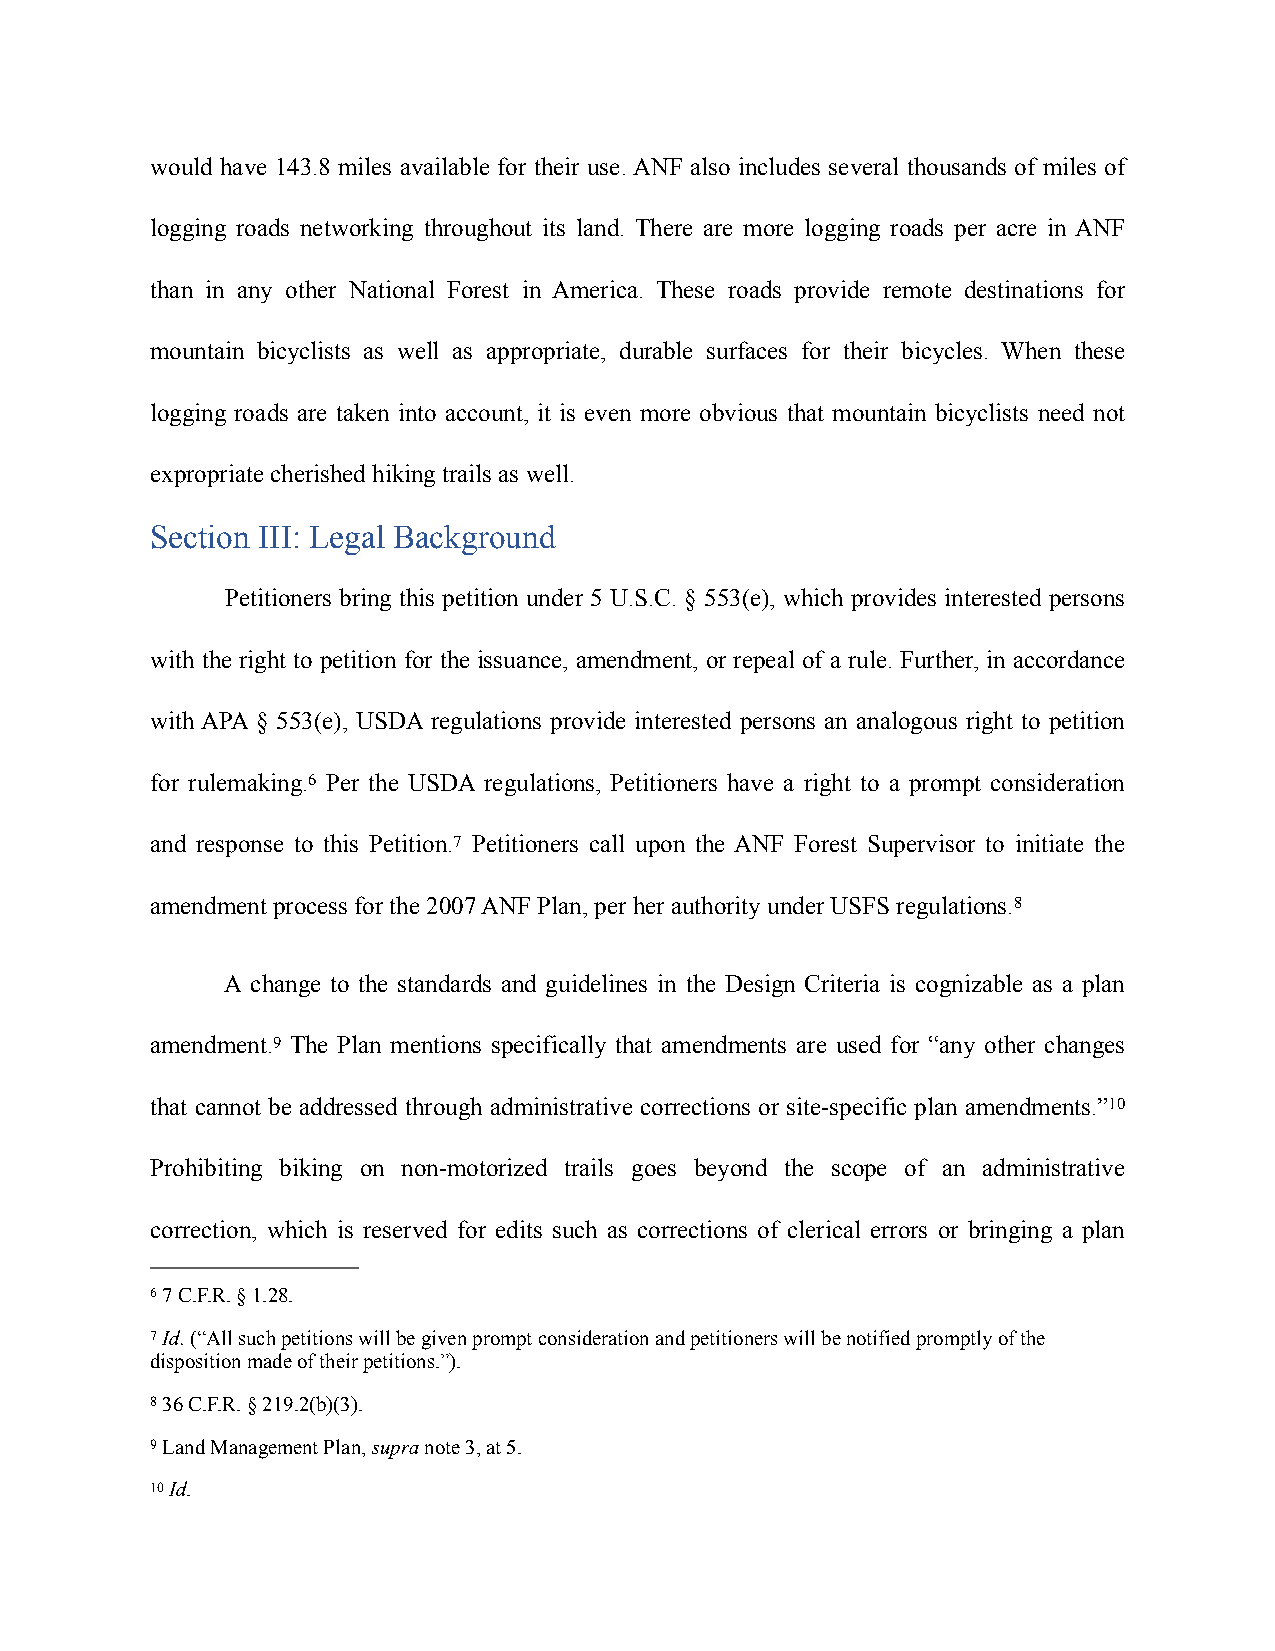
would have 143.8 miles available for their use. ANF also includes several thousands of miles of
 logging roads networking throughout its land. There are more logging roads per acre in ANF
 than in any other National Forest in America. These roads provide remote destinations for
 mountain bicyclists as well as appropriate, durable surfaces for their bicycles. When these
 logging roads are taken into account, it is even more obvious that mountain bicyclists need not
 expropriate cherished hiking trails as well.
 Section III: Legal Background
 Petitioners bring this petition under 5 U.S.C. § 553(e), which provides interested persons
 with the right to petition for the issuance, amendment, or repeal of a rule. Further, in accordance
 with APA § 553(e), USDA regulations provide interested persons an analogous right to petition
 for rulemaking.6 Per the USDA regulations, Petitioners have a right to a prompt consideration
 and response to this Petition.7 Petitioners call upon the ANF Forest Supervisor to initiate the
 amendment process for the 2007 ANF Plan, per her authority under USFS regulations.8
 A change to the standards and guidelines in the Design Criteria is cognizable as a plan
 amendment.9 The Plan mentions specifically that amendments are used for “any other changes
 that cannot be addressed through administrative corrections or site-specific plan amendments.”10
 Prohibiting biking on non-motorized trails goes beyond the scope of an administrative
 correction, which is reserved for edits such as corrections of clerical errors or bringing a plan
 6 7 C.F.R. § 1.28.
 7 Id. (“All such petitions will be given prompt consideration and petitioners will be notified promptly of the
 disposition made of their petitions.”).
 8 36 C.F.R. § 219.2(b)(3).
 9 Land Management Plan, supra note 3, at 5.
 10 Id.